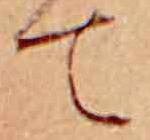
て